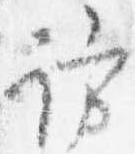
訪